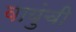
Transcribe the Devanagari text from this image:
वायुंची